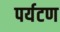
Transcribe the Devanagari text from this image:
पर्यटण